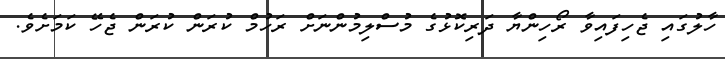
ހާލުގައި ޖެހިފައިވާ ރޯހިންޔާ ދަރިކޮޅުގެ މުސްލިމުންނަށް ރަހުމް ކުރަން ކުރަން ޖެހޭ ކަމަށެވެ.